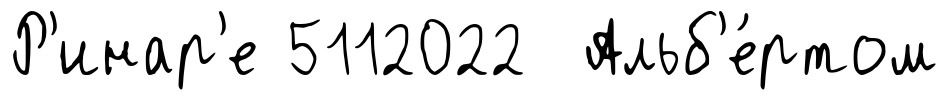
Р'инар'е 5112022 Альб'е́ртом